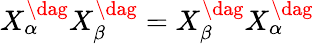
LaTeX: X_{\alpha}^{\dag}X_{\beta}^{\dag}=X_{\beta}^{\dag}X_{\alpha}^{\dag}